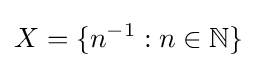
X=\{n^{-1}:n\in \mathbb {N} \}